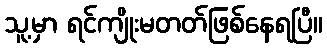
သူ့မှာ ရင်ကျိုးမတတ်ဖြစ်နေရပြီ။